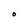
Character: O